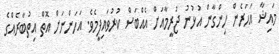
މައިޝާ އަހަރެން ހިންގާން އުޅުނު ޖަރީމާއަށް އެއްބަސް ކުރުވައިފީމެވެ. އަހަންނަށް އޮތް އިތުބާރެއްގެ